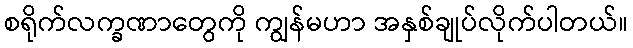
စရိုက်လက္ခဏာတွေကို ကျွန်မဟာ အနှစ်ချုပ်လိုက်ပါတယ်။